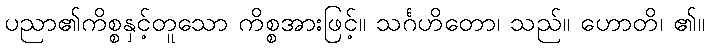
ပညာ၏ကိစ္စနှင့်တူသော ကိစ္စအားဖြင့်။ သင်္ဂဟိတော၊ သည်။ ဟောတိ၊ ၏။